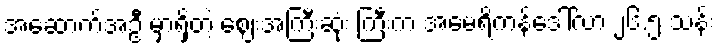
အဆောက်အဦ မှာရှိတဲ့ ဈေးအကြီးဆုံး ကြီးက အမေရိကန်ဒေါ်လာ ၂၆.၅ သန်း